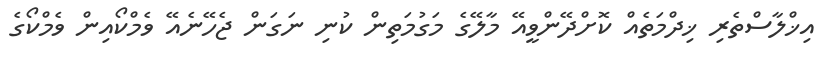
އިޚްލާސްތެރި ޚިދްމަތެއް ކޮށްދޭންވީއޭ މާލޭގެ މަގުމަތިން ކުނި ނަގަން ޖެހޭނެއޭ ވެމްކޯއިން ވެމްކޯގެ